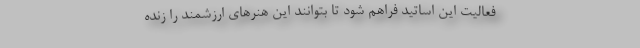
فعالیت این اساتید فراهم شود تا بتوانند این هنرهای ارزشمند را زنده